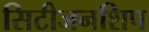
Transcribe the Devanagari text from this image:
सिटीजनशिप